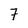
Character: 7